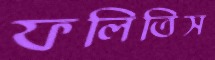
ফলিতিস